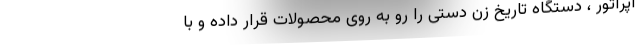
اپراتور ، دستگاه تاریخ زن دستی را رو به ‌روی محصولات قرار داده و با